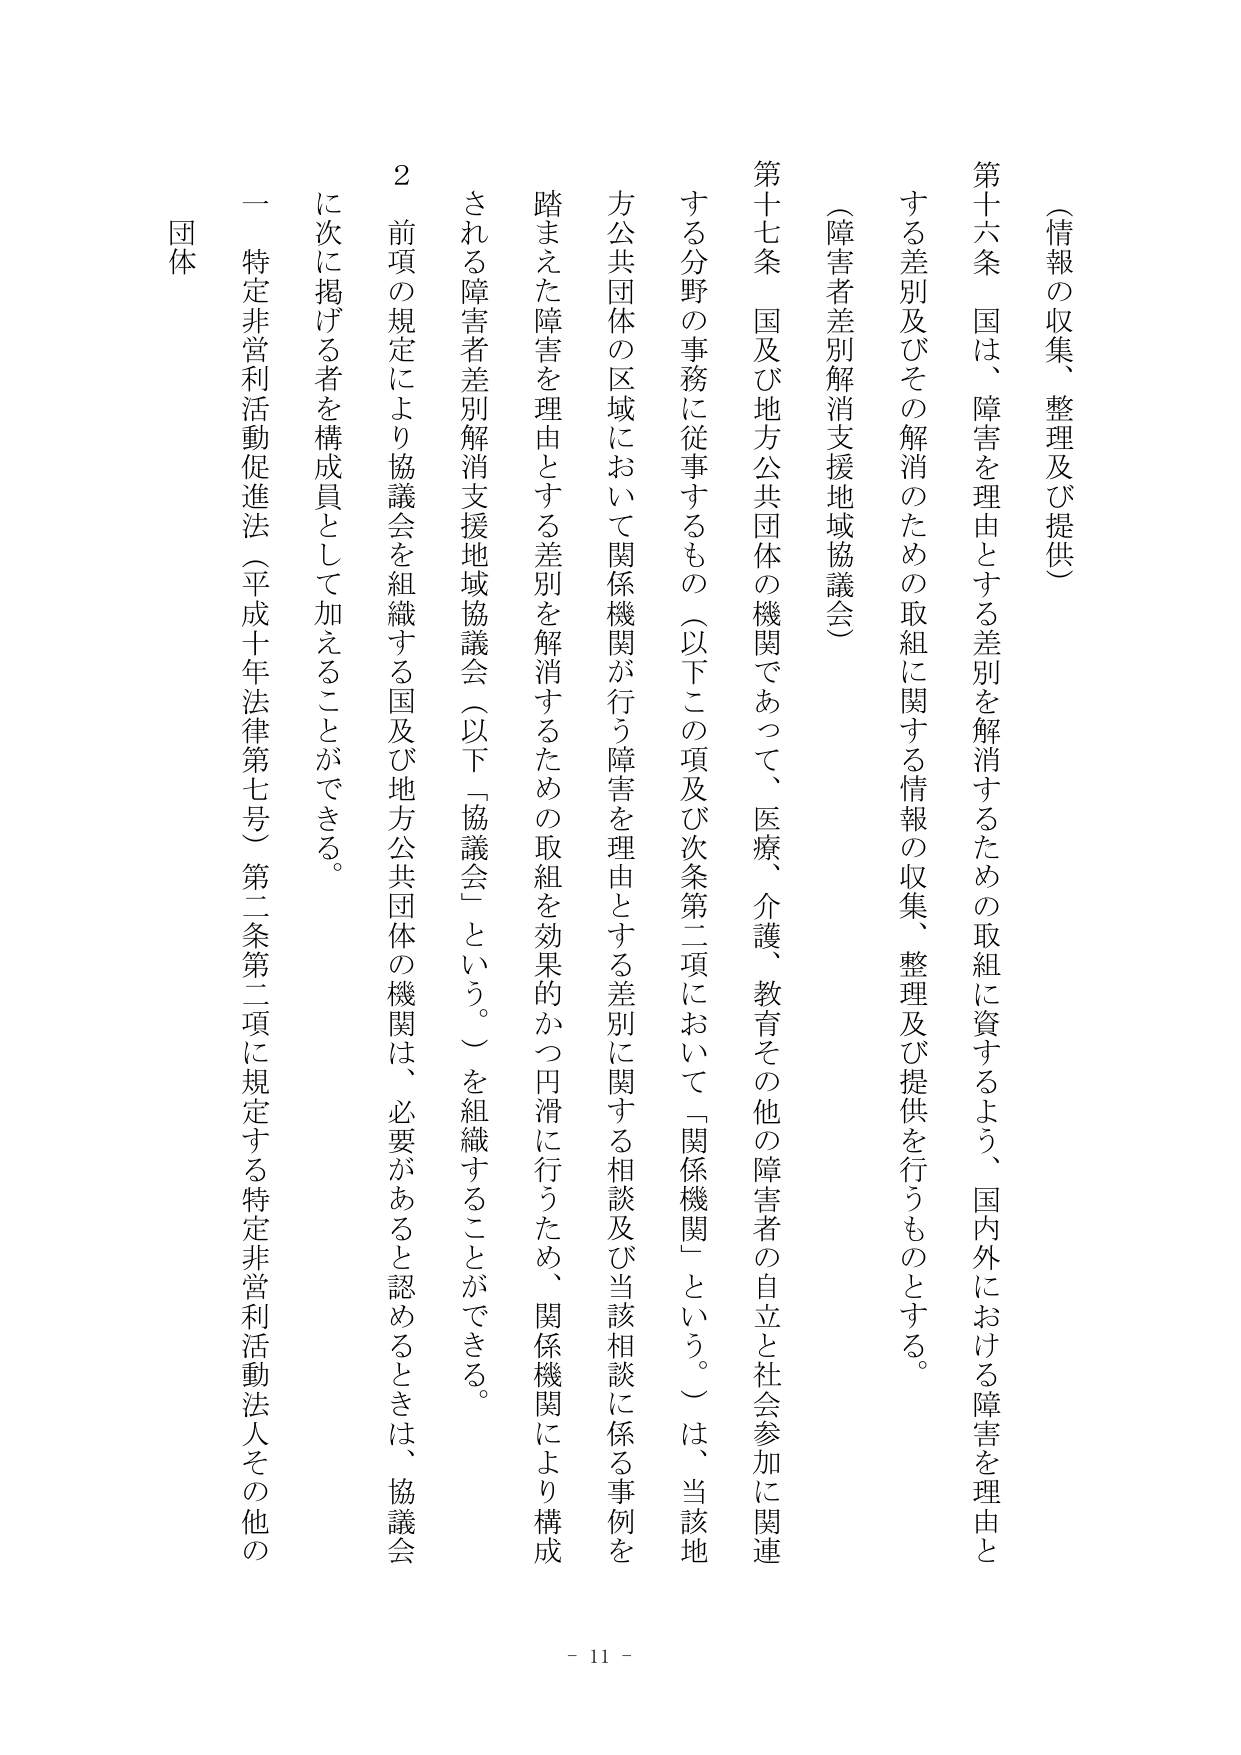
（情報の収集、整理及び提供）

第十六条　国は、障害を理由とする差別を解消するための取組に資するよう、国内外における障害を理由とする差別及びその解消のための取組に関する情報の収集、整理及び提供を行うものとする。

（障害者差別解消支援地域協議会）

第十七条　国及び地方公共団体の機関であって、医療、介護、教育その他の障害者の自立と社会参加に関連する分野の事務に従事するもの（以下この項及び次条第二項において「関係機関」という。）は、当該地方公共団体の区域において関係機関が行う障害を理由とする差別に関する相談及び当該相談に係る事例を踏まえた障害を理由とする差別を解消するための取組を効果的かつ円滑に行うため、関係機関により構成される障害者差別解消支援地域協議会（以下「協議会」という。）を組織することができる。

２　前項の規定により協議会を組織する国及び地方公共団体の機関は、必要があると認めるときは、協議会に次に掲げる者を構成員として加えることができる。

一　特定非営利活動促進法（平成十年法律第七号）第二条第二項に規定する特定非営利活動法人その他の団体

- 11 -